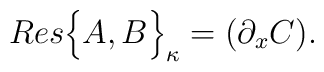
Res \Big \{ A,B \Big \}_{\kappa} = ( \partial_{x} C).